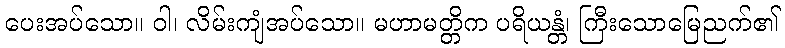
ပေးအပ်သော။ ဝါ၊ လိမ်းကျံအပ်သော။ မဟာမတ္တိက ပရိယန္တံ၊ ကြီးသောမြေညက်၏